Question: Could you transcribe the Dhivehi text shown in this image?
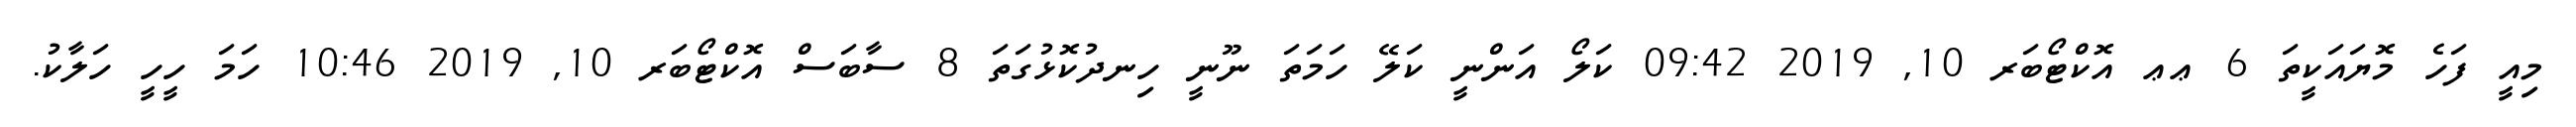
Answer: މިއީ ފަހެ މޮޔައަކީތަ 6 ޢޢ އޮކްޓޯބަރ 10, 2019 09:42 ކަލޯ އަންނީ ކަލޭ ހަމަތަ ނޫނީ ހިނދުކޮޅުގަތަ 8 ސާބަސް އޮކްޓޯބަރ 10, 2019 10:46 ހަމަ ހީހީ ހަލާކު.